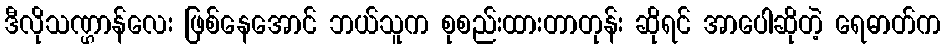
ဒီလိုသဏ္ဌာန်လေး ဖြစ်နေအောင် ဘယ်သူက စုစည်းထားတာတုန်း ဆိုရင် အာပေါဆိုတဲ့ ရေဓာတ်က